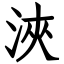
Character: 浹